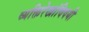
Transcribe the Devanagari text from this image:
व्यक्तिरेखांविषयी